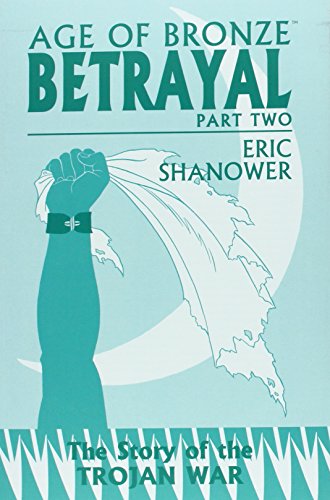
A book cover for Age of Bronze Volume 3.B: Betrayal Part 2 TP; Eric Shanower; Comics & Graphic Novels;